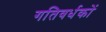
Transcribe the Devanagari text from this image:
गतिवर्धकों